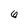
Character: 6